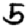
Digit: 5